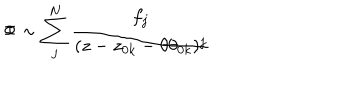
\Phi \sim \sum _ { j } ^ { N } \frac { f _ { j } } { ( z - z _ { 0 k } - \theta \theta _ { 0 k } ) ^ { j } }